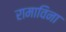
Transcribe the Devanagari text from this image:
रामाविना